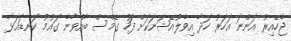
ޖެހޭއިރު އަންނަ އަހަރު ހަދާ އިވެލުއޭޝަނަކަށް ފަހު ގޭމްސް ބާއްވާނެ ގައުމު ކަނޑައަޅާ